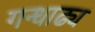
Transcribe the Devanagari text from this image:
गन्धाढ्य